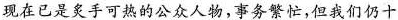
现在已是炙手可热的公众人物，事务繁忙，但我们仍十